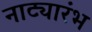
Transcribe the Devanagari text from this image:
नाट्यारंभ